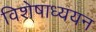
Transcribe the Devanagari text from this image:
विशेषाध्ययन